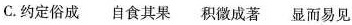
C.约定俗成 自食其果 积微成著 显而易见